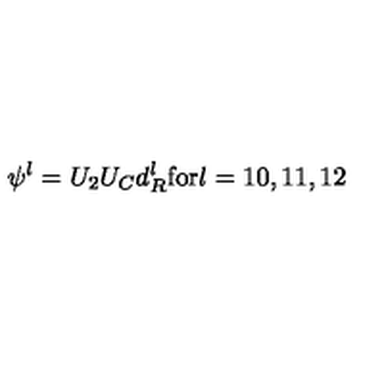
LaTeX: \psi ^ { l } = U _ { 2 } U _ { C } d _ { R } ^ { l } \mathrm { f o r } l = 1 0 , 1 1 , 1 2